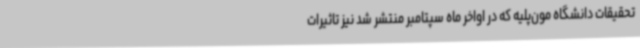
تحقیقات دانشگاه مون‌پلیه که در اواخر ماه سپتامبر منتشر شد نیز تاثیرات